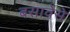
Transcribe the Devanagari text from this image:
बसावेसे